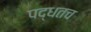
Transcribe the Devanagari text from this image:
पद्धतच